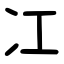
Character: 冮